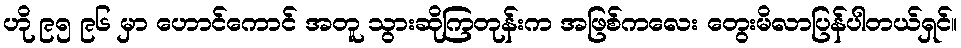
ဟို ၉၅ ၉၆ မှာ ဟောင်ကောင် အတူ သွားဆိုကြတုန်းက အဖြစ်ကလေး တွေးမိလာပြန်ပါတယ်ရှင်။